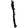
Digit: 1